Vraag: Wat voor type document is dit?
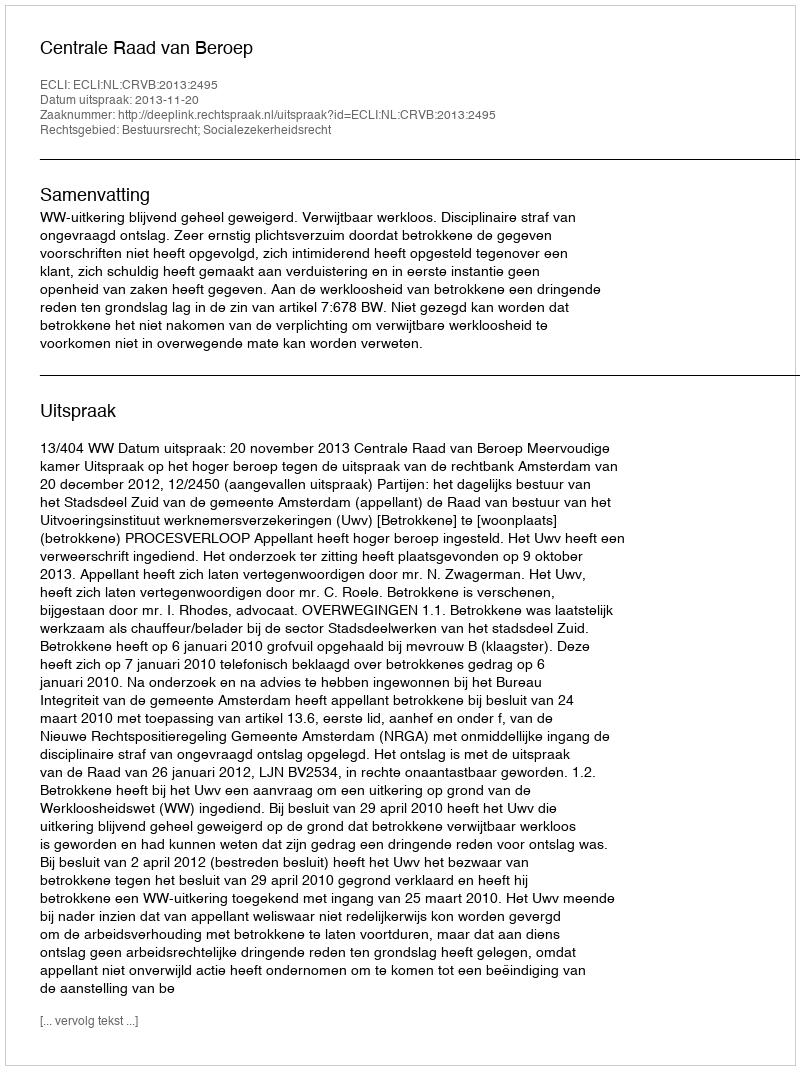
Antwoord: Uitspraak